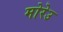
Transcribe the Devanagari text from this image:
मोरेउ